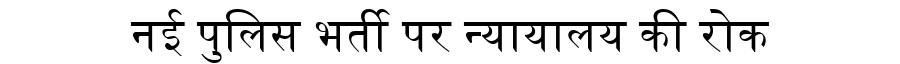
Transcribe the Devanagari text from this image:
नई पुलिस भर्ती पर न्यायालय की रोक